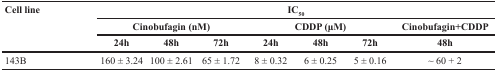
<table><thead><tr><td rowspan="3"><b>Cell line</b></td><td colspan="7"><b>IC<sub>50</sub></b></td></tr><tr><td colspan="3"><b>Cinobufagin (nM)</b></td><td colspan="3"><b>CDDP (μM)</b></td><td><b>Cinobufagin+CDDP</b></td></tr><tr><td><b>24h</b></td><td><b>48h</b></td><td><b>72h</b></td><td><b>24h</b></td><td><b>48h</b></td><td><b>72h</b></td><td><b>48h</b></td></tr></thead><tbody><tr><td>143B</td><td>160 ± 3.24</td><td>100 ± 2.61</td><td>65 ± 1.72</td><td>8 ± 0.32</td><td>6 ± 0.25</td><td>5 ± 0.16</td><td>∼ 60 + 2</td></tr></tbody></table>